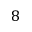
8